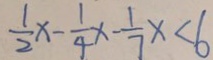
\frac { 1 } { 2 } x - \frac { 1 } { 4 } x - \frac { 1 } { 7 } x < 6